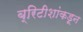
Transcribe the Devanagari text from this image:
ब्रिटीशांकडून